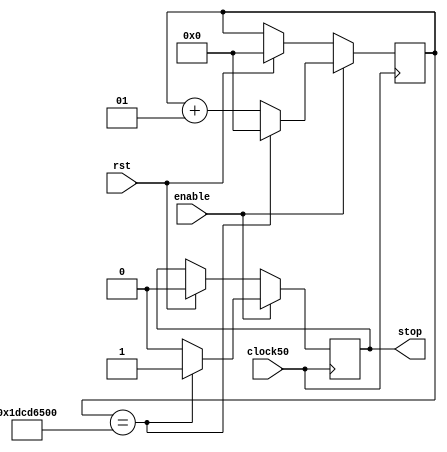
/* Monoestvel para ser usado com o congelamento do clock */
module mono(
    input clock50,
    input enable,
    output reg stop,
    input rst
);

integer contador;

initial
    begin
        stop      <= 1'b0;
        contador  <= 0;
    end

always @(posedge clock50)
    begin
        if(rst)
            begin
                stop     <= 1'b0;
                contador <= 0;
            end

		 if(enable)
		 begin
			if(contador == 500000000)  //10 segundos
            begin
                stop   		<= 1'b1;    // emite uma borda de subida
                contador   <= 0;
            end
       else
				begin
                 stop       <= 1'b0;
                 contador   <= contador+1;
				end
		 end
   end

endmodule